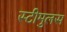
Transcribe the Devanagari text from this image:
स्टीमुलस